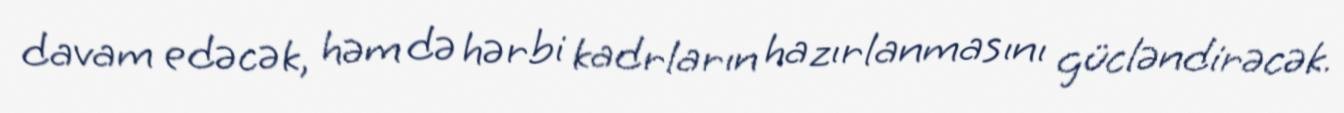
davam edəcək, həm də hərbi kadrların hazırlanmasını gücləndirəcək.